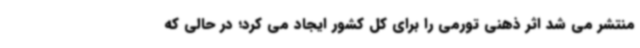
منتشر می شد اثر ذهنی تورمی را برای کل کشور ایجاد می کرد؛ در حالی که